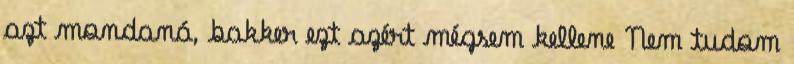
azt mondaná, bakker ezt azért mégsem kellene Nem tudom